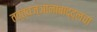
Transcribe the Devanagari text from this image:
तत्त्वज्ञानाबाद्द्लचा